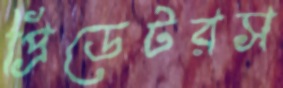
প্রিডেটরস